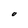
Character: O